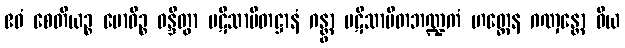
ဧဝံ စေတိယဉ္စ ဗောဓိဉ္စ ဝန္ဒိတွာ ပဋိသာမိတဋ္ဌာနံ ဂန္တွာ ပဋိသာမိတဘဏ္ဍကံ ဟတ္ထေန ဂဏှန္တော ဝိယ